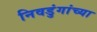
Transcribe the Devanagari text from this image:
निवडुंगांच्या